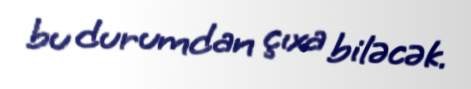
bu durumdan çıxa biləcək.